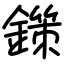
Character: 鏼